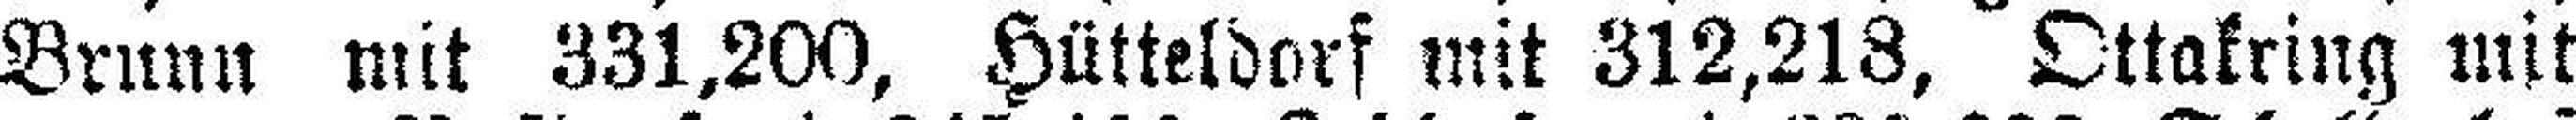
Brunn mit 331,200, Hütteldorf mit 312,218, Ottakring mit